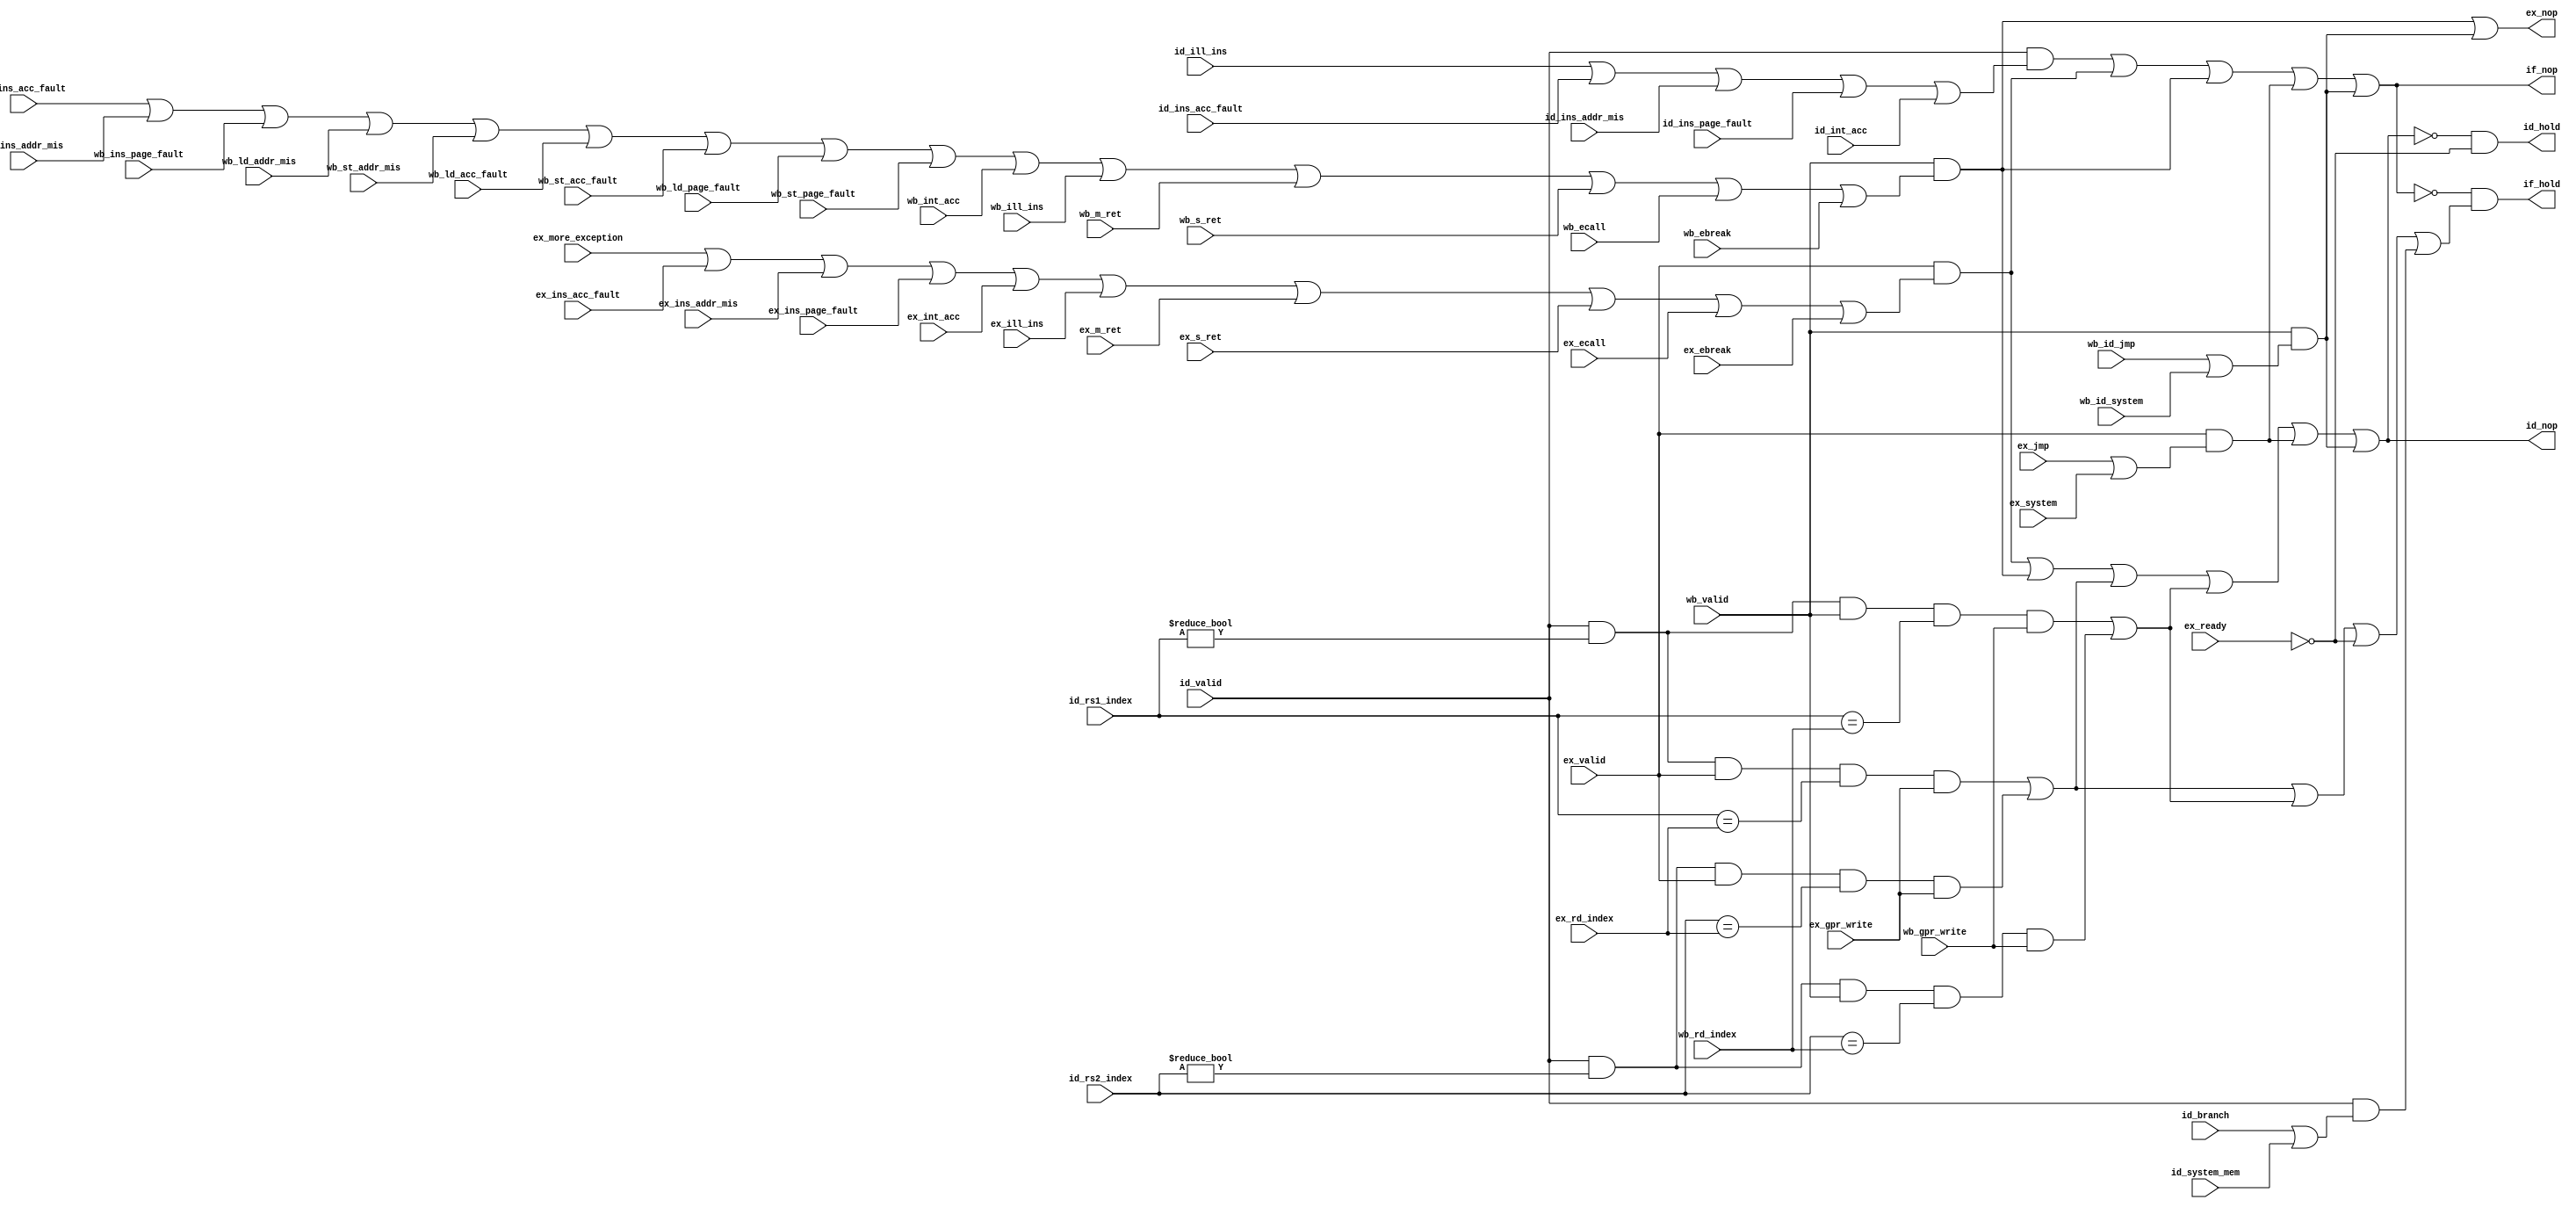
//PRV464
// IDRS1 RS2RD
//fencenophold

module pip_ctrl(
//pip_ctrl

//ID
input wire [4:0]id_rs1_index,
input wire [4:0]id_rs2_index,
//ID
input wire id_ill_ins,		//
input wire id_system_mem,	//
input wire id_branch,		//
input wire id_ins_acc_fault,	//
input wire id_ins_addr_mis, 	//
input wire id_ins_page_fault,	//
input wire id_int_acc,			//
input wire id_valid	,		//



//EX
input wire [4:0]ex_rd_index,
input wire ex_gpr_write,	//EXRD
//EX
input wire ex_system,		//systemop code=system1
input wire ex_jmp,			// opcode=branch1
input wire ex_ins_acc_fault,	//
input wire ex_ins_addr_mis, 	//
input wire ex_ins_page_fault,	//
input wire ex_int_acc,			//
input wire ex_valid, 			//
input wire ex_ill_ins,			//
input wire ex_m_ret,			//
input wire ex_s_ret,
input wire ex_ecall,			//
input wire ex_ebreak,			//

input wire ex_ready,			//ex
input wire ex_more_exception,		//ex


//WB
input wire [4:0]wb_rd_index,
input wire wb_gpr_write,

input wire wb_id_system,		//systemop code=system1
input wire wb_id_jmp,			// opcode=branch1
input wire wb_ins_acc_fault,	//
input wire wb_ins_addr_mis, 	//
input wire wb_ins_page_fault,	//
input wire wb_ld_addr_mis,		//load
input wire wb_st_addr_mis,		//store
input wire wb_ld_acc_fault,	//load
input wire wb_st_acc_fault,	//store
input wire wb_ld_page_fault,	//load
input wire wb_st_page_fault,	//store
input wire wb_int_acc,			//
input wire wb_valid, 			//
input wire wb_ill_ins,			//
input wire wb_m_ret,			//
input wire wb_s_ret,			//
input wire wb_ecall,			//
input wire wb_ebreak,			//

//
output wire if_nop,
output wire if_hold,
output wire id_nop,
output wire id_hold,
output wire ex_nop


);
/*
IF
*/
wire id_exception;	//ID
wire ex_exception;	//EX
wire wb_exception;	//WB

wire id_fence; //id,jmpsystem 
wire ex_fence; //ex
wire wb_fence; //wb

wire id_ex_war;		//IDEXWAR
wire id_wb_war;		//IDWBWAR

assign id_exception	=	id_valid & (id_ill_ins | id_ins_acc_fault | id_ins_addr_mis | id_ins_page_fault | id_int_acc);

assign ex_exception	= 	ex_valid & (ex_more_exception | ex_ins_acc_fault | ex_ins_addr_mis | ex_ins_page_fault |
						ex_int_acc | ex_ill_ins | ex_m_ret | ex_s_ret | ex_ecall | ex_ebreak);			
assign wb_exception	=	wb_valid & (wb_ins_acc_fault | wb_ins_addr_mis | wb_ins_page_fault | wb_ld_addr_mis|	
						wb_st_addr_mis | wb_ld_acc_fault | wb_st_acc_fault | wb_ld_page_fault | wb_st_page_fault | wb_int_acc | wb_ill_ins |		
						wb_m_ret | wb_s_ret | wb_ecall | wb_ebreak);
//systemjmp/Branch						
assign id_fence		=  id_valid & (id_branch | id_system_mem);
assign ex_fence		=  ex_valid & (ex_jmp 	  | ex_system);
assign wb_fence		=  wb_valid & (wb_id_jmp | wb_id_system);
						
//IDEXIDEXWAR
// 00
assign id_ex_war	=	id_valid & (id_rs1_index!=5'b0) & ex_valid & (id_rs1_index==ex_rd_index) & ex_gpr_write |
						id_valid & (id_rs2_index!=5'b0) & ex_valid & (id_rs2_index==ex_rd_index) & ex_gpr_write;


assign id_wb_war	=	id_valid & (id_rs1_index!=5'b0) & wb_valid & (id_rs1_index==wb_rd_index) & wb_gpr_write |
						id_valid & (id_rs2_index!=5'b0) & wb_valid & (id_rs2_index==wb_rd_index) & wb_gpr_write;


//IF
assign if_nop	=	id_exception | ex_exception | wb_exception |ex_fence | wb_fence;

//NOP
//jmphold
assign if_hold	=	!if_nop & (id_ex_war | id_wb_war | !ex_ready | id_fence);

//IDNOP
assign id_nop	=	ex_exception | wb_exception | id_ex_war | id_wb_war | ex_fence | wb_fence;
//EXid
assign id_hold	=	!id_nop & (!ex_ready);
//WB EXNOP
assign ex_nop	=	wb_exception | wb_fence;

endmodule